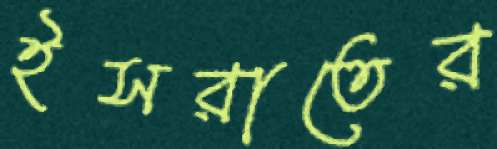
ইসরাতের